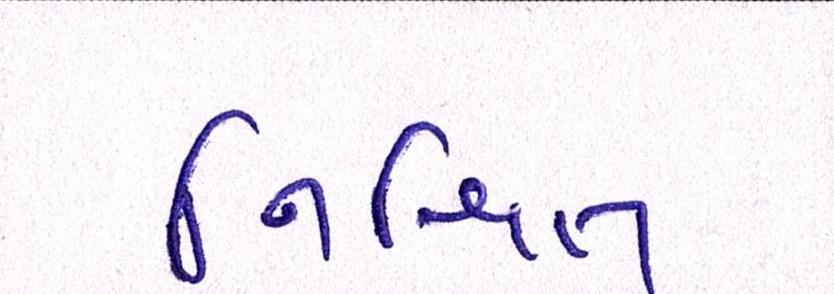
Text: નિશ્ચિત